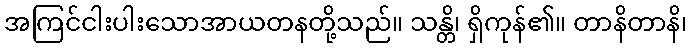
အကြင်ငါးပါးသောအာယတနတို့သည်။ သန္တိ၊ ရှိကုန်၏။ တာနိတာနိ၊